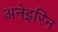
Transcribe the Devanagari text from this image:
अनेइरिन